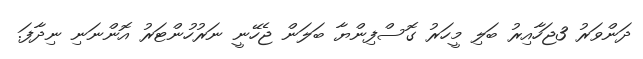
ދަންވަރު 3ޖަހާއިރު ބަލި މީހަރު ގޮސްފިންޔާ ބަލަން ޖެހޭނީ ނަރުހުންޓަރު އޮންނަނި ނިދާފަ.